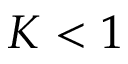
K < 1